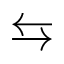
\leftrightarrows